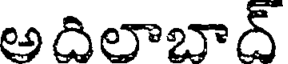
అదిలాబాద్